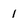
Character: 1